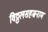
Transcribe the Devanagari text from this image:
विठ्ठलसहस्रनाम